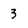
Character: 3